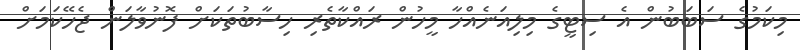
މިކަމުގެ ސަބަބުން އެ ސިޓީގެ މިލިއަނެއްހާ މީހުން ރައްކާތެރި ހިސާބުތަކަށް ފޮނުވާލަން ޖެހޭކަމަށް